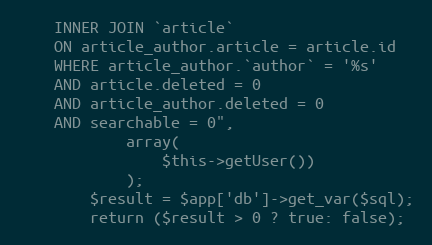
Language: PHP
    INNER JOIN `article`
    ON article_author.article = article.id
    WHERE article_author.`author` = '%s'
    AND article.deleted = 0
    AND article_author.deleted = 0
    AND searchable = 0",
            array(
                $this->getUser())
            );
        $result = $app['db']->get_var($sql);
        return ($result > 0 ? true: false);